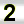
Digit: 2